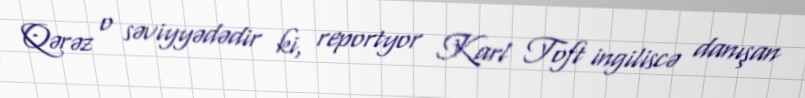
Qərəz o səviyyədədir ki, reportyor Karl Toft ingiliscə danışan